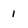
Character: 1